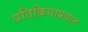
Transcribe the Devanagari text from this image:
प्रतिक्रियाप्रधान